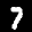
Label: 7